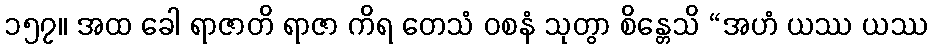
၁၅၇။ အထ ခေါ ရာဇာတိ ရာဇာ ကိရ တေသံ ဝစနံ သုတွာ စိန္တေသိ “အဟံ ယဿ ယဿ